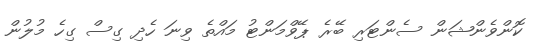
ކޮންވެންޝަން ސެންޓަރި ބޭރެ ޕޭވްމަންޓު މައްތެ ވިނަ ހެދި ގިސް ގިހެ މުލުން